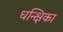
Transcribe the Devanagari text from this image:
धन्क्षिका